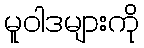
မူဝါဒများကို